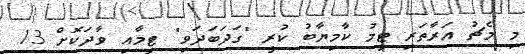
މި މެޗު އަރާތަރި ޓީމު ކާމިޔާބު ކުރީ "ގަދަބަދަވި" ޓީމާއި ވާދަކޮށް 13